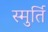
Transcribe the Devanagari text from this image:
स्मुर्ति